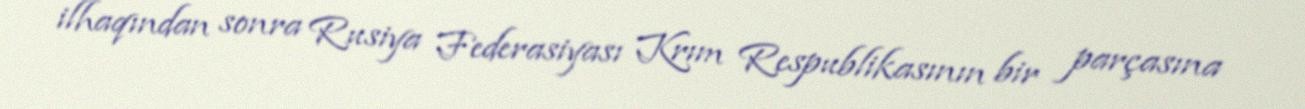
ilhaqından sonra Rusiya Federasiyası Krım Respublikasının bir parçasına